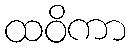
ထဝိကာ